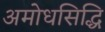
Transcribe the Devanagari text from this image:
अमोधसिद्धि